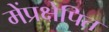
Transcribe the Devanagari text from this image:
मेंप्रक्षेपित